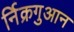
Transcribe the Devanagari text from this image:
र्निक्रगुआन